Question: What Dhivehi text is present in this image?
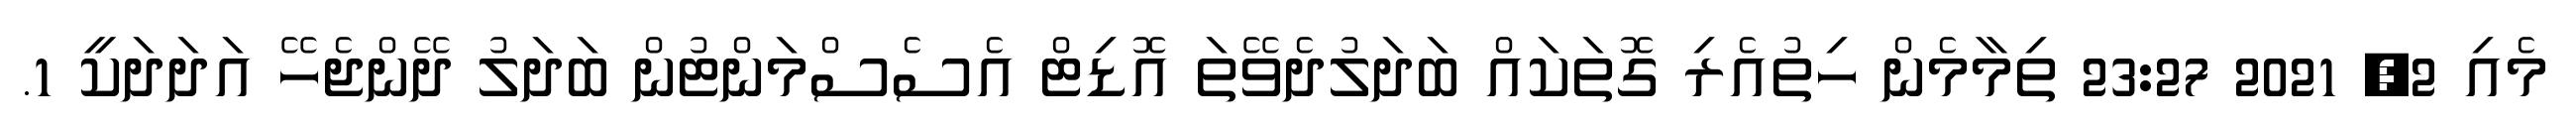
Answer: މެއި 2, 2021 23:27 ތިމާމެން ހިތުއެރި ގޮތަކައް ބަދަލުދެވޭތަ އޮޑިޓް އެސެސްމަންޓުން ބަދަލު ދޭންޖެހޭ އަދަދަކީ 1.